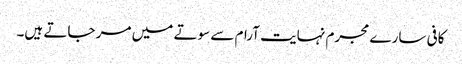
کافی سارے مجرم نہایت آرام سے سوتے میں مر جاتے ہیں۔